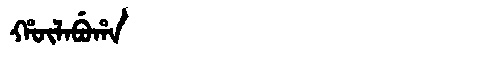
Manchu: ᡥᡡᠯᠠᠪᡠᡥᠠ
Romanization: HŪLABUHA